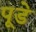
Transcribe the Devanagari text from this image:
पूडे